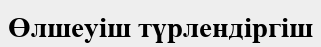
Өлшеуіш түрлендіргіш